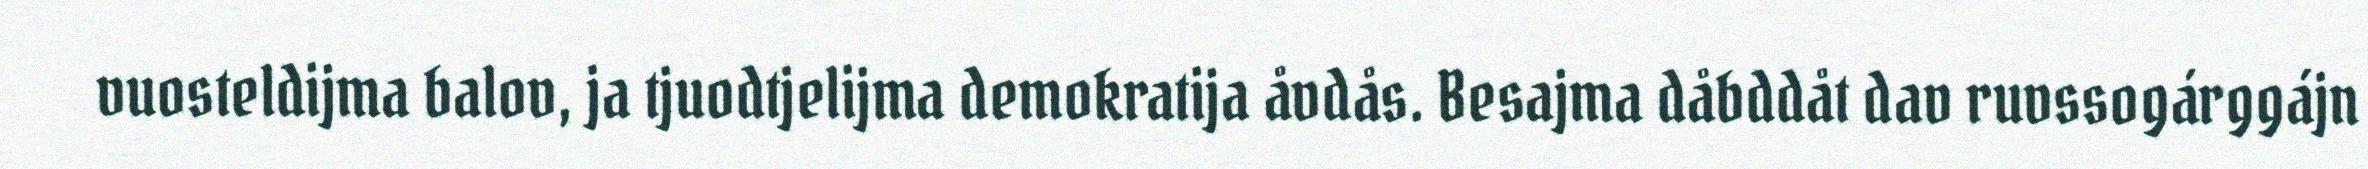
vuosteldijma balov, ja tjuodtjelijma demokratija åvdås. Besajma dåbddåt dav ruvssogárggájn